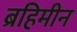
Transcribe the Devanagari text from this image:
ब्रहिमीन